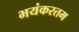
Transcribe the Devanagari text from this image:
भयंकरतम